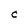
Character: c